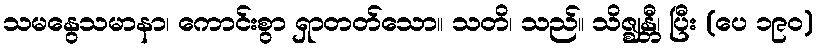
သမနွေသမာနာ၊ ကောင်းစွာ ရှာတတ်သော။ သတိ၊ သည်။ သိဇ္ဈန္တီ၊ ပြီး (ပေ ၁၉၀)